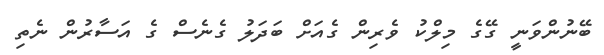
ބޭނުންވަނީ ގޭގެ މިލްކު ވެރިން ގެއަށް ބަދަލު ގެނެސް ގެ އަސާރުން ނެތި